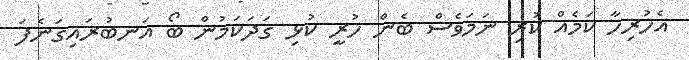
އެހުރިހާ ކަމެއް ކުރި ނަމަވެސް ބެން ހުރީ ކުޅި ގަދަކަމުން ބޯ އަނބުރައިގަނެފަ